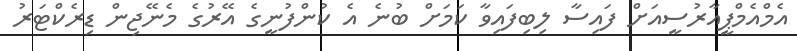
އެމްއެމްޕީއާރުސީއަށް ފައިސާ ލިބިފައިވާ ކަމަށް ބުނެ އެ ކުންފުނީގެ އޭރުގެ މެނޭޖިން ޑިރެކްޓަރު